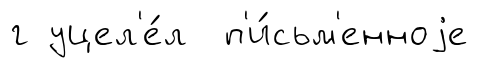
г уцел'е́л п'и́сьм'енноjе